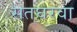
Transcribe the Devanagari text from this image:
सतघरवा